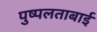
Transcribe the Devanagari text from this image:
पुष्पलताबाई